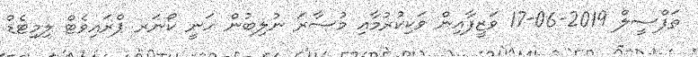
ތަފްސީލް 2019-06-17 ވަޒީފާއިން ވަކިކުރުމާއި މުސާރަ ނުލިބުން ހަނީ ކޯނަރ ޕްރައިވެޓް ލިމިޓެޑް